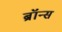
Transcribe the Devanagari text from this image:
ब्रॉन्‍स